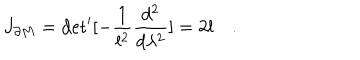
LaTeX: J _ { \partial M } = \mathrm { d e t } ^ { \prime } [ - { \frac { 1 } { l ^ { 2 } } } { \frac { d ^ { 2 } } { d \lambda ^ { 2 } } } ] = 2 l \quad .